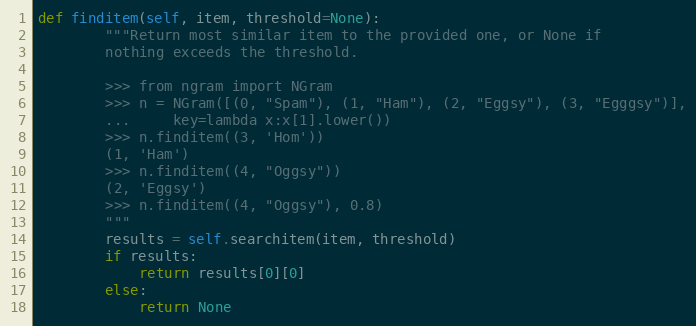
Language: Python
def finditem(self, item, threshold=None):
        """Return most similar item to the provided one, or None if
        nothing exceeds the threshold.

        >>> from ngram import NGram
        >>> n = NGram([(0, "Spam"), (1, "Ham"), (2, "Eggsy"), (3, "Egggsy")],
        ...     key=lambda x:x[1].lower())
        >>> n.finditem((3, 'Hom'))
        (1, 'Ham')
        >>> n.finditem((4, "Oggsy"))
        (2, 'Eggsy')
        >>> n.finditem((4, "Oggsy"), 0.8)
        """
        results = self.searchitem(item, threshold)
        if results:
            return results[0][0]
        else:
            return None